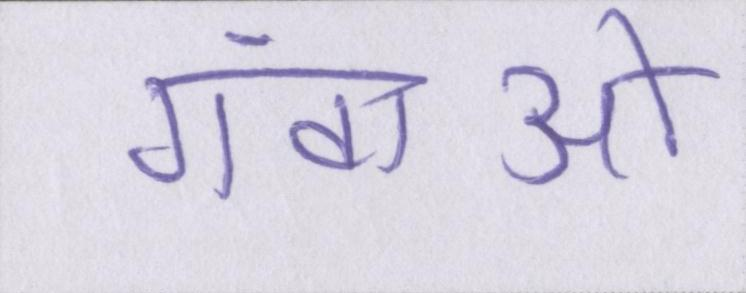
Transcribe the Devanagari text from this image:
गंवाओ